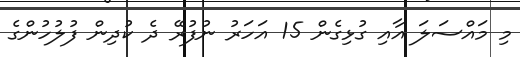
މި މައްސަލަ އާއި ގުޅިގެން 15 އަހަރު ނުފުރޭ ދެ ކުދިން ފުލުހުންގެ